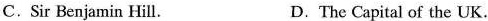
C. Sir Benjamin Hill. D. The Capital of the UK